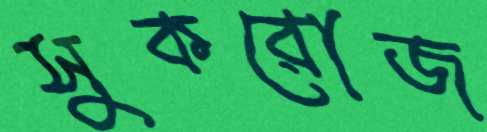
সুকরোজ